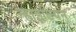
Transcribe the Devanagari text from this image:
न्हाइटियन्